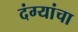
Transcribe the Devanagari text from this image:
दंग्यांचा